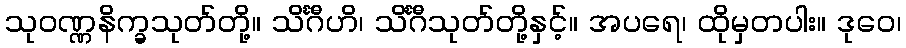
သုဝဏ္ဏနိက္ခသုတ်တို့။ သိင်္ဂီဟိ၊ သိင်္ဂီသုတ်တို့နှင့်။ အပရေ၊ ထိုမှတပါး။ ဒုဝေ၊